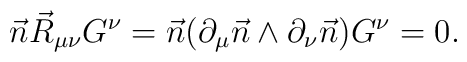
\vec{n} \vec{R}_{\mu \nu} G^\nu=\vec{n} (\partial_\mu \vec{n} \wedge \partial_\nu\vec{n}) G^\nu=0.